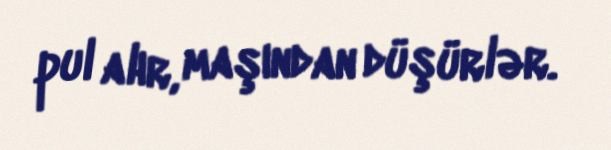
pul alır, maşından düşürlər.